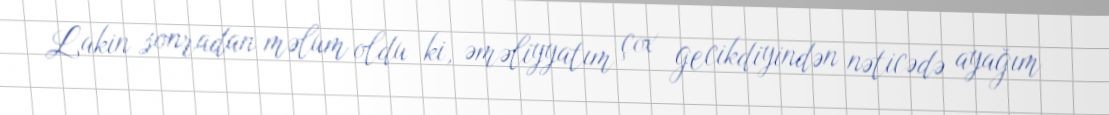
Lakin sonradan məlum oldu ki, əməliyyatım çox gecikdiyindən nəticədə ayağım